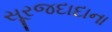
સૂરજદાદાના